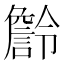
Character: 𧫹